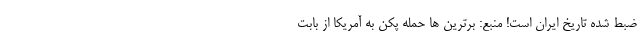
ضبط شده‌ تاریخ ایران است! منبع: برترین ها حمله پکن به آمریکا از بابت